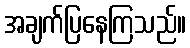
အချက်ပြနေကြသည်။